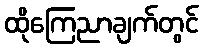
ထိုကြေညာချက်တွင်